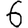
Digit: 6